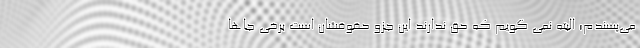
می‌پسندم؛ البته نمی گویم که حق ندارند این جزو حقوقشان است برخی جاها